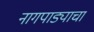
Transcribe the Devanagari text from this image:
नागपाड्याचा